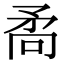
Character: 𭿷